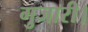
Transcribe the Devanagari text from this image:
गुजारी।